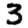
Digit: 3